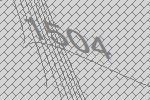
1504